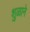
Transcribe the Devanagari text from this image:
शुळाने